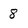
Character: 8